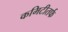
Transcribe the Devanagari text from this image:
कमिटीतर्फ